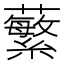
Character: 蘩